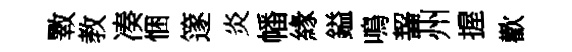
斁教凑悃篴炎幡緣鎰鳴齧州握歡